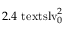
2 . 4 \ensuremath { \mathrm { \ t e x t s l { v } } _ { 0 } } ^ { 2 }